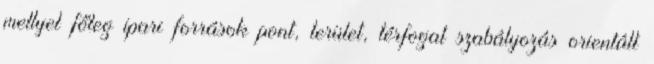
mellyel főleg ipari források pont, terület, térfogat szabályozás orientált